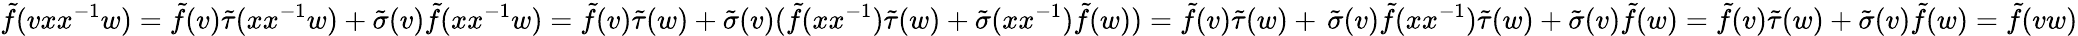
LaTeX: \tilde{f}(vxx^{-1}w)=\tilde{f}(v)\tilde{\tau}(xx^{-1}w)+\tilde{\sigma}(v)\tilde{f}(xx^{-1}w)=\tilde{f}(v)\tilde{\tau}(w)+\tilde{\sigma}(v)(\tilde{f}(xx^{-1})\tilde{\tau}(w)+\tilde{\sigma}(xx^{-1})\tilde{f}(w))=\tilde{f}(v)\tilde{\tau}(w)+\, \tilde{\sigma}(v)\tilde{f}(xx^{-1})\tilde{\tau}(w)+\tilde{\sigma}(v)\tilde{f}(w)=\tilde{f}(v)\tilde{\tau}(w)+\tilde{\sigma}(v)\tilde{f}(w)=\tilde{f}(vw)